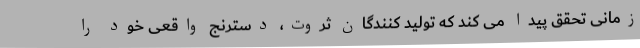
زمانی تحقق پیدا می کند که تولید کنندگان ثروت، دسترنج واقعی خود را